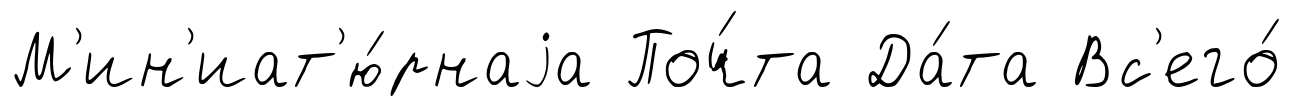
М'ин'иат'ю́рнаjа Поч́та Да́та Вс'его́